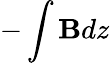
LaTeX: -\int\mathbf{B}dz